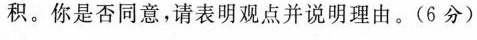
积。你是否会同意，请表明观点并说明理由。（6分）